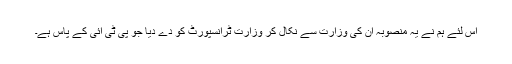
اس لئے ہم نے یہ منصوبہ اُن کی وزارت سے نکال کر وزارتِ ٹرانسپورٹ کو دے دیا جو پی ٹی آئی کے پاس ہے۔